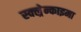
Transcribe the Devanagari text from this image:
स्क्ल्रेन्काइमा